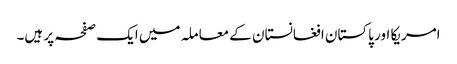
امریکا اور پاکستان افغانستان کے معاملہ میں ایک صفحہ پر ہیں۔